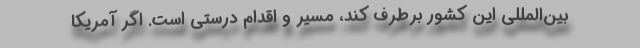
بین‌المللی این کشور برطرف کند، مسیر و اقدام درستی است. اگر آمریکا